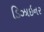
ડિઝાઇનર